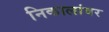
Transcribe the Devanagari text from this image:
निकालांवर